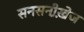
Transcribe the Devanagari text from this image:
सनसनी़खे़ज